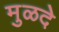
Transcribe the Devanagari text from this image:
मुळदे